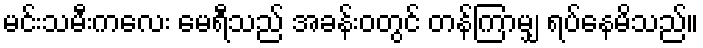
မင်းသမီးကလေး မေရီသည် အခန်းဝတွင် တန်ကြာမျှ ရပ်နေမိသည်။